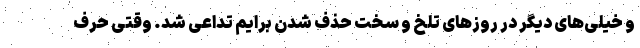
و خیلی‌های دیگر در روزهای تلخ و سخت حذف شدن برایم تداعی شد. وقتی حرف